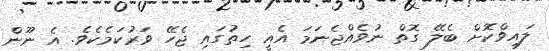
ލައިވްކޮށް ބެލޭ ގޮތް ނުވެއްޖެނަމަ އެއީ ހިތުގައި ޖެހޭ ވަރުކަމެކެވެ. އެ ނޫން